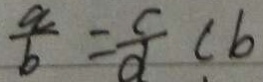
\frac { a } { b } = \frac { c } { d } c b